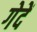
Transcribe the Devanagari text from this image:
गेदें